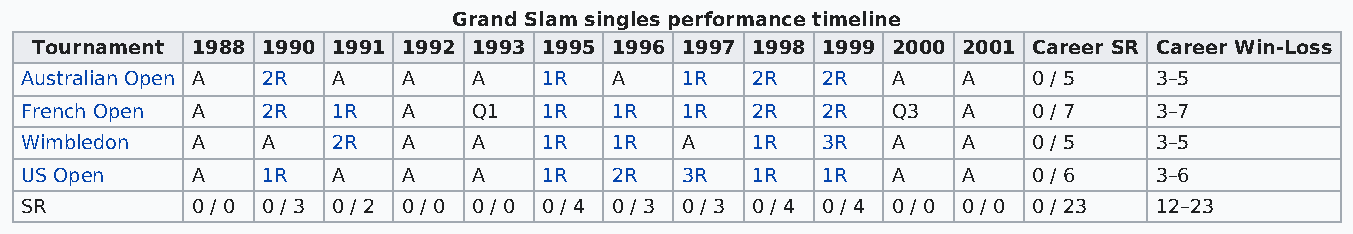
Grand Slam singles performance timeline
 Tournament 1988 1990 1991 1992 1993 1995 1996 1997 1998 1999 2000 2001 Career SR Career Win-Loss
 Australian Open A 2R A    A   A    1R  A    1R   2R  2R   A    A   0 / 5   3–5
 French Open A   2R   1R   A   Q1   1R  1R   1R   2R  2R   Q3   A   0 / 7   3–7
 Wimbledon   A   A    2R   A   A    1R  1R   A    1R  3R   A    A   0 / 5   3–5
 US Open     A   1R   A    A   A    1R  2R   3R   1R  1R   A    A   0 / 6   3–6
 SR          0 / 0 0 / 3 0 / 2 0 / 0 0 / 0 0 / 4 0 / 3 0 / 3 0 / 4 0 / 4 0 / 0 0 / 0 0 / 23 12–23